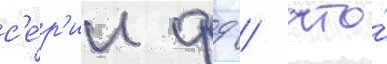
с'е́р'ии фд / что́